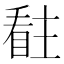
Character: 𭿊